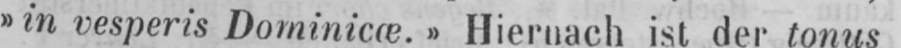
»in vesperis Dominicæ.» Hiernach ist der tonus